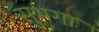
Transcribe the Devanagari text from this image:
सुभगाः